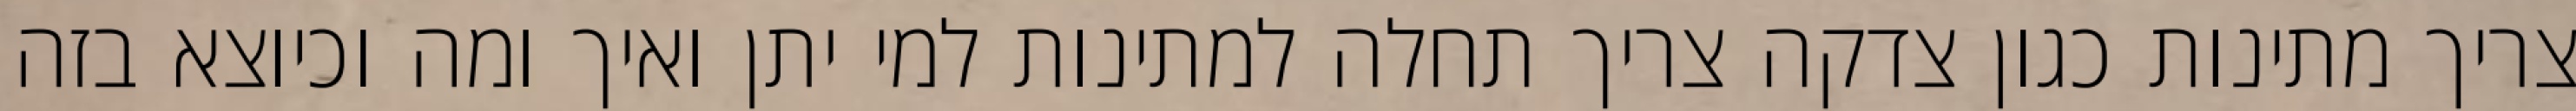
צריך מתינות כגון צדקה צריך תחלה למתינות למי יתן ואיך ומה וכיוצא בזה